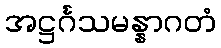
အဋ္ဌင်္ဂသမန္နာဂတံ